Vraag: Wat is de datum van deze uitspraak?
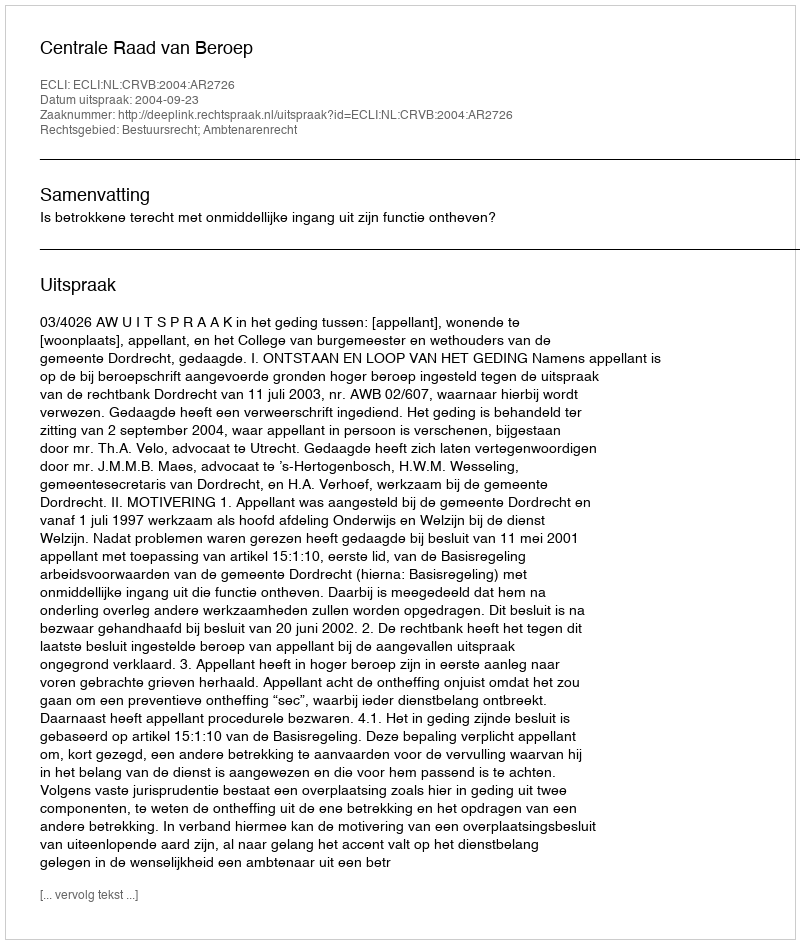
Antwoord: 2004-09-23